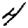
Digit: 4